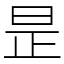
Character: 昰